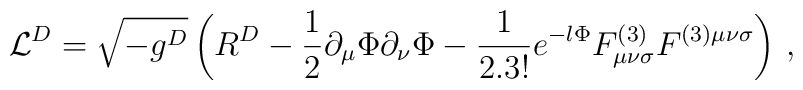
{\cal L}^D =\sqrt{-g^D}\left(R^D-\frac{1}{2}\partial_\mu\Phi\partial_\nu\Phi-{1\over 2 . 3!}e^{-l\Phi}F^{(3)}_{\mu\nu\sigma}F^{(3)\mu\nu\sigma}\right)\, ,